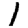
Digit: 1